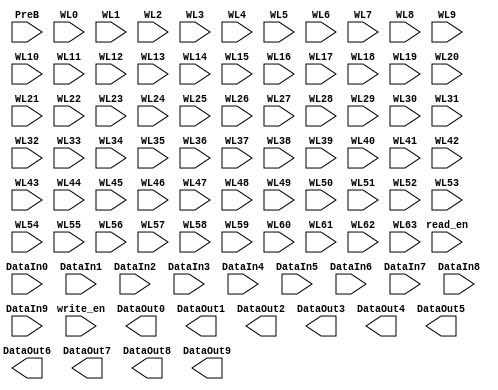
// This program was cloned from: https://github.com/LiamOswald/IMPACT_Custom_SRAM_03
// License: Apache License 2.0

(* blackbox *)
module privacy_SRAM (

`ifdef USE_POWER_PINS
	inout vccd1,	// User area 1 1.8V power
	inout vssd1,	// User area 1 digital ground
	inout vccd2,	// User area 1 variable 1.8V power
	inout vssd2,	// User area 1 digital ground
`endif

input PreB,
input read_en,
input write_en,

input DataIn0,
input DataIn1,
input DataIn2,
input DataIn3,
input DataIn4,
input DataIn5,
input DataIn6,
input DataIn7,
input DataIn8,
input DataIn9,

output DataOut0,
output DataOut1,
output DataOut2,
output DataOut3,
output DataOut4,
output DataOut5,
output DataOut6,
output DataOut7,
output DataOut8,
output DataOut9,

input WL0,
input WL1,
input WL2,
input WL3,
input WL4,
input WL5,
input WL6,
input WL7,
input WL8,
input WL9,
input WL10,
input WL11,
input WL12,
input WL13,
input WL14,
input WL15,
input WL16,
input WL17,
input WL18,
input WL19,
input WL20,
input WL21,
input WL22,
input WL23,
input WL24,
input WL25,
input WL26,
input WL27,
input WL28,
input WL29,
input WL30,
input WL31,
input WL32,
input WL33,
input WL34,
input WL35,
input WL36,
input WL37,
input WL38,
input WL39,
input WL40,
input WL41,
input WL42,
input WL43,
input WL44,
input WL45,
input WL46,
input WL47,
input WL48,
input WL49,
input WL50,
input WL51,
input WL52,
input WL53,
input WL54,
input WL55,
input WL56,
input WL57,
input WL58,
input WL59,
input WL60,
input WL61,
input WL62,
input WL63
   
);
endmodule
`default_nettype wire